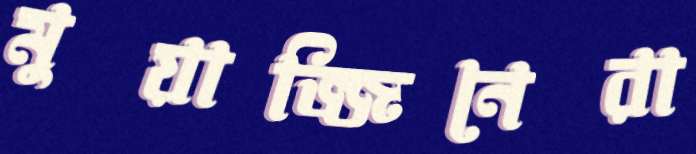
মুয়াজ্জিনেরা